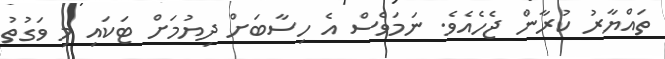
ތައްޔާރު ކުރާން ޖެހެއެވެ. ނަމަވެސް އެ ހިސާބަށް ދިޔުމަށް ޓަކައި މި ވަގުތު